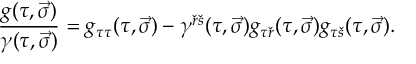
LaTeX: { \frac { g ( \tau , \vec { \sigma } ) } { \gamma ( \tau , \vec { \sigma } ) } } = g _ { \tau \tau } ( \tau , \vec { \sigma } ) - \gamma ^ { { \check { r } } { \check { s } } } ( \tau , \vec { \sigma } ) g _ { \tau { \check { r } } } ( \tau , \vec { \sigma } ) g _ { \tau { \check { s } } } ( \tau , \vec { \sigma } ) .